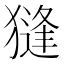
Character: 𱮛